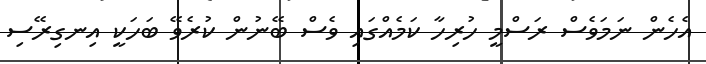
އެހެން ނަމަވެސް ރަސްމީ ހުރިހާ ކަމެއްގައި ވެސް ބޭނުން ކުރެވޭ ބަހަކީ އިނގިރޭސި